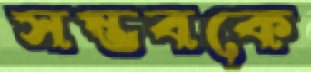
সম্ভবকে